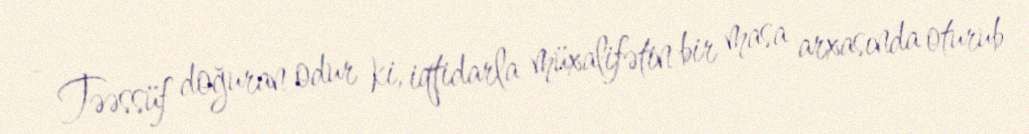
- Təəssüf doğuran odur ki, iqtidarla müxalifətin bir masa arxasında oturub